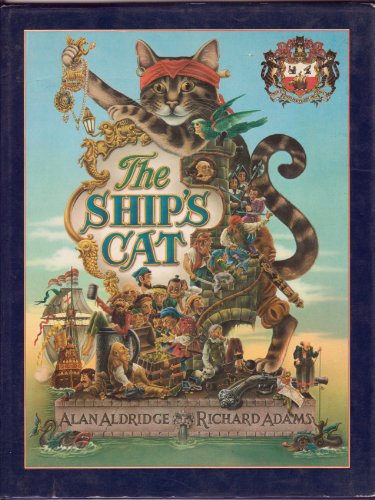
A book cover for The Ship's Cat; Richard Adams; Children's Books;